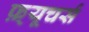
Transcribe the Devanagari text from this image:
फ़्यूचर्स